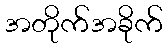
အတိုက်အခိုက်